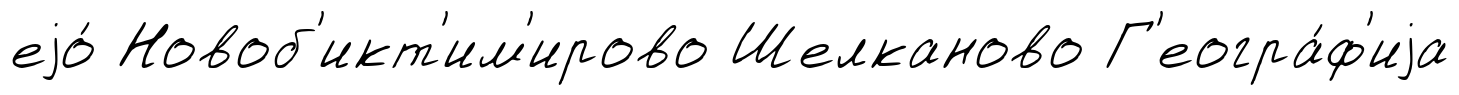
еjо́ Новоб'икт'им'ирово Шелканово Г'еогра́ф'иjа